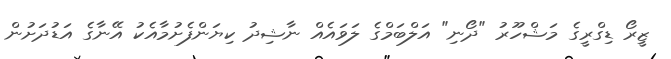
ޒީރޯ ޑިގްރީގެ މަޝްހޫރު "ދޯނި" އަލްބަމްގެ ލަވައެއް ނާޝިދު ކިޔަންފެށުމާއެކު އޭނާގެ އަޑުދަށުން